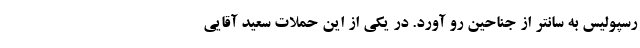
رسپولیس به سانتر از جناحین رو آورد. در یکی از این حملات سعید آقایی